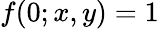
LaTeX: f(0;x,y)=1